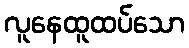
လူနေထူထပ်သော